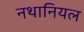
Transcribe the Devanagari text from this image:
नथानियल